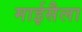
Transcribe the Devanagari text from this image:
माईसैला